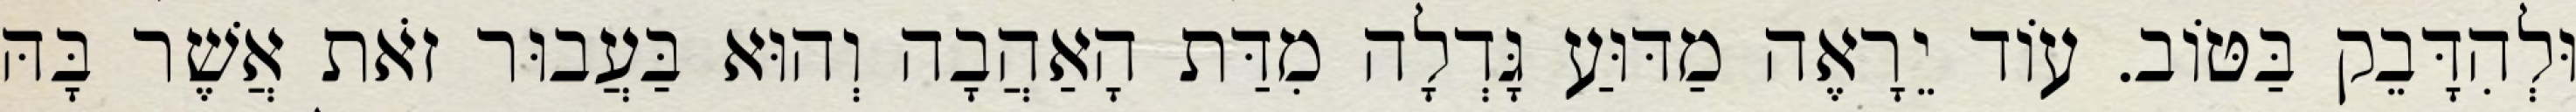
וּלְהִדָּבֵק בַּטּוֹב. עוֹד יֵרָאֶה מַדּוּעַ גָּדְלָה מִדַּת הָאַהֲבָה וְהוּא בַּעֲבוּר זֹאת אֲשֶׁר בָּהּ